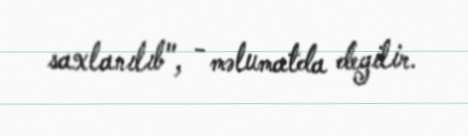
saxlanılıb", - məlumatda deyilir.